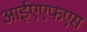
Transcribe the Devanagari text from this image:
आईएएफएस